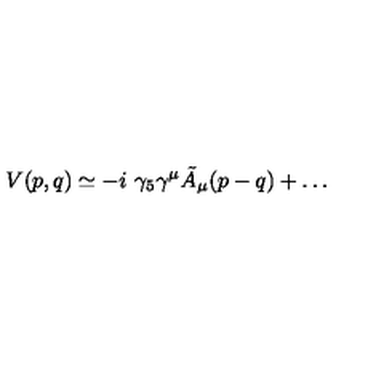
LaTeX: V ( p , q ) \simeq - i \ \gamma _ { 5 } \gamma ^ { \mu } \tilde { A } _ { \mu } ( p - q ) + \dots